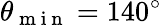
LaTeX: \theta_{\mathrm{~m~i~n~}}=140^{\circ}